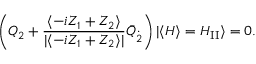
\left( Q _ { 2 } + \frac { \langle - i Z _ { 1 } + Z _ { 2 } \rangle } { | \langle - i Z _ { 1 } + Z _ { 2 } \rangle | } \bar { Q } _ { \dot { 2 } } \right) | \langle H \rangle = H _ { \mathrm { I I } } \rangle = 0 .